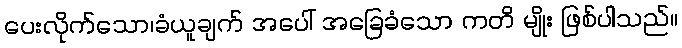
ပေးလိုက်သော၊ခံယူချက် အပေါ် အခြေခံသော ကတိ မျိုး ဖြစ်ပါသည်။